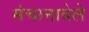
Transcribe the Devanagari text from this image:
मंचानाबेले